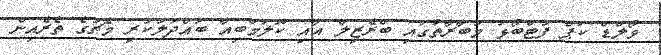
ވޯލްޑް ކަޕް ފުޓްބޯޅަ މުބާރާތުގައި ބްރެޒިލް އާއި ކޮލަމްބިއާ ބައްދަލުކުރި މެޗުގެ ތެރެއިން